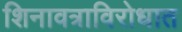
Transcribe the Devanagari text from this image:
शिनावत्राविरोधात